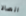
اتصالا